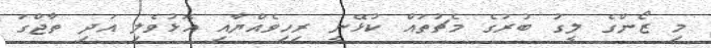
މި ޒޯންގެ ލީގު ބުރުގެ މެޗުތައް ކުޅޭނީ ރިހިވެއްޔާއި އޮޅުވެލި އަދި ތާޖްގަ